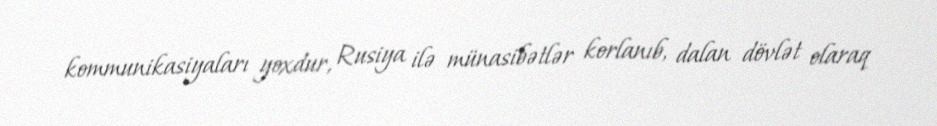
kommunikasiyaları yoxdur, Rusiya ilə münasibətlər korlanıb, dalan dövlət olaraq